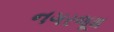
નગરજૂથ